Vaccination in Bombay 1874-1876 - 1874-1876
Year: 1874
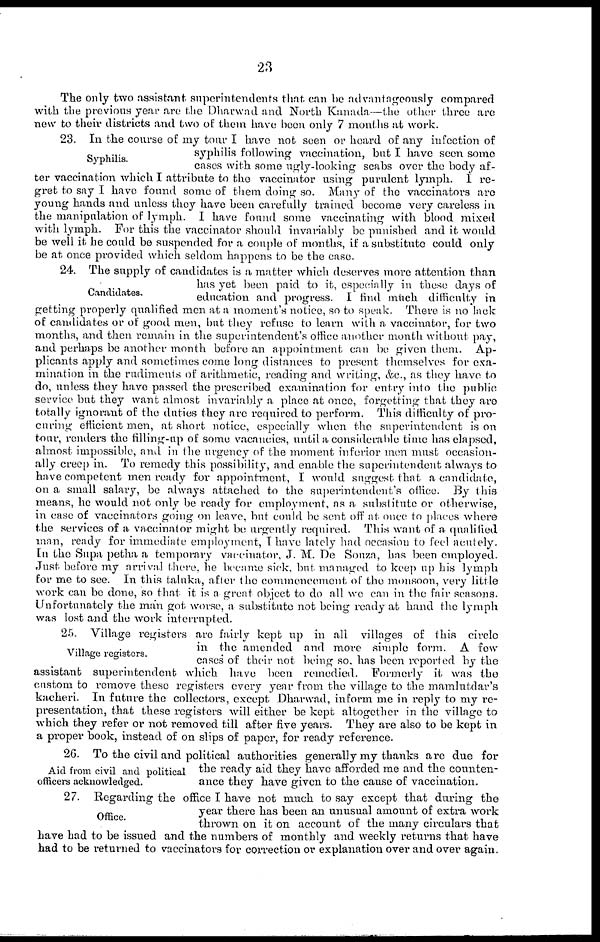
23
The only two assistant. superintendents that can be advantageously compared
with the previous year are the Dharwad and North Kanada.—the other three are
new to their districts and two of them have been only 7 months at work.
Syphilis.
23. In the course of my tour I have not seen or heard of any infection of
syphilis following vaccination, but I have seen some
cases with some ugly-looking scabs over the body af-
ter vaccination which I attribute to the vaccinator using purulent lymph. I re-
gret to say I have found some of them doing so. Many of the vaccinators are
young hands and unless they have been carefully trained become very careless in
the manipulation of lymph. I have found some vaccinating with blood mixed
with lymph. For this the vaccinator should invariably be punished and it would
be well it he could be suspended for a couple of months, if a substitute could only
be at once provided which seldom happens to be the case.
Candidates.
24. The supply of candidates is a matter which deserves more attention than
has yet been paid to it, especially in these days of
education and progress. I find much difficulty in
getting properly qualified men at a moment's notice, so to speak. There is no lack
of candidates or of good men, but they refuse to learn with a vaccinator, for two
months, and then remain in the superintendent's office another month without pay,
and perhaps be another month before an appointment can be given them.
Ap-
plicants apply and sometimes come long distances to present themselves for exa-
mination in the rudiments of arithmetic, reading and writing, &c., as they have to
do, unless they have passed the prescribed examination for entry into the public
service but they want almost invariably a place at once, forgetting that they are
totally ignorant of the duties they are required to perform. This difficulty of pro-
caring efficient men, at short notice, especially when the superintendent is on
tour, renders the filling-up of some vacancies, until a considerable time has elapsed,
almost impossible, and in the urgency of the moment inferior men must occasion-
ally creep in. To remedy this possibility, and enable the superintendent always to
have competent men ready for appointment, I would suggest that a candidate,
on a small salary, be always attached to the superintendent's office. By this
means, he would not only be ready for employment, as a substitute or otherwise,
in case of vaccinators going on leave, but could be sent off at once to places where
the services of a vaccinator might be urgently required. This want of a qualified
man, ready for immediate employment, I have lately had occasion to feel acutely.
In the Supa petha a temporary vaccinator. J. M. De Souza, has been employed.
Just before my arrival there, he became sick but managed to keep up his lymph
for me to see. In this taluka, after the commencement of the monsoon, very little
work can be done, so that it is a great object to do all we can in the fair seasons.
Unfortunately the man got worse, a substitute not being ready at hand the lymph
was lost and the work interrupted.
Village registers.
25. Village registers are fairly kept up in all villages of this circle-
in the amended and more simple form. A fow
cases' of their not being so. has been reported by the
assistant superintendent which have been remedied. Formerly it was the
custom to remove these registers every year from the village to the mamlutdar's
kacheri. In future the collectors, except Dharwad, inform me in reply to my re-
presentation, that these registers will either be kept altogether in the village to
which they refer or not removed till after five years. They are also to be kept in
a proper book, instead of on slips of paper, for ready reference.
Aid from civil and political
officers acknowledged.
26. To the civil and political authorities generally my thanks are due for
the ready aid they have afforded me and the counten-
ance they have given to the cause of vaccination.
Office.
27. Regarding the office I have not much to say except that during the
year there has been an unusual amount of extra work
thrown on it on account of the many circulars that
have had to be issued and the numbers of monthly and weekly returns that have
had to be returned to vaccinators for correction or explanation over and over again.